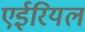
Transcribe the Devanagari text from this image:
एईरियल